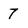
Character: 7